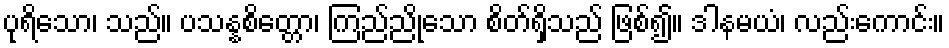
ပုရိသော၊ သည်။ ပသန္နစိတ္တော၊ ကြည်ညိုသော စိတ်ရှိသည် ဖြစ်၍။ ဒါနမယံ၊ လည်းကောင်း။